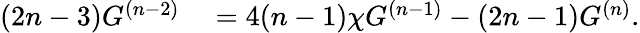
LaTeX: \begin{array}{rl}{(2n-3)G^{(n-2)}}&{{}=4(n-1)\chi G^{(n-1)}-(2n-1)G^{(n)}.}\end{array}